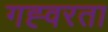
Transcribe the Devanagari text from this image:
गह्वरता